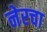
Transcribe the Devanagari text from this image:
नेरचा